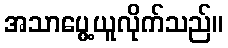
အသာပွေ့ယူလိုက်သည်။